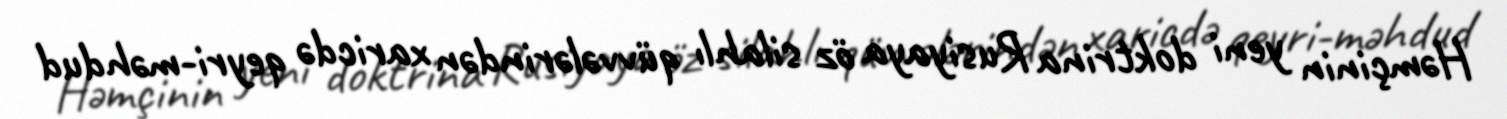
Həmçinin yeni doktrina Rusiyaya öz silahlı qüvvələrindən xaricdə qeyri-məhdud